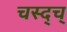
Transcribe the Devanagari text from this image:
चस्द्च्